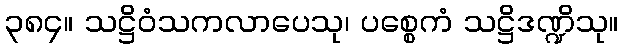
၃၈၄။ သဋ္ဌိဝံသကလာပေသု၊ ပစ္စေကံ သဋ္ဌိဒဏ္ဍိသု။